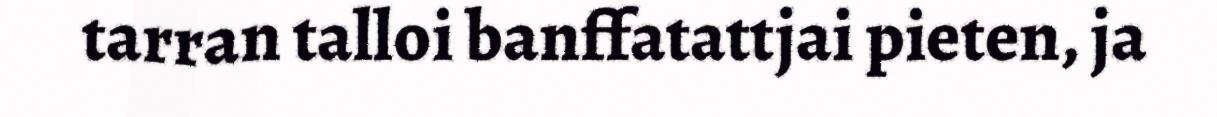
tarran talloi banffatattjai pieten, ja